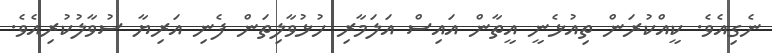
ނެގިއެވެ. ކީއްކުރަން ތިއުޅެނީ އީތާން އައިސް އަލަމާރި ހުޅުވާލިތަން ފެނި އަރިޔާ ސުވާލުކުރިއެވެ.